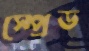
স্প্রেড